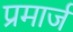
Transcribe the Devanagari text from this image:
प्रमार्ज